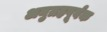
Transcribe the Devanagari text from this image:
अनुग्रहपूर्वक